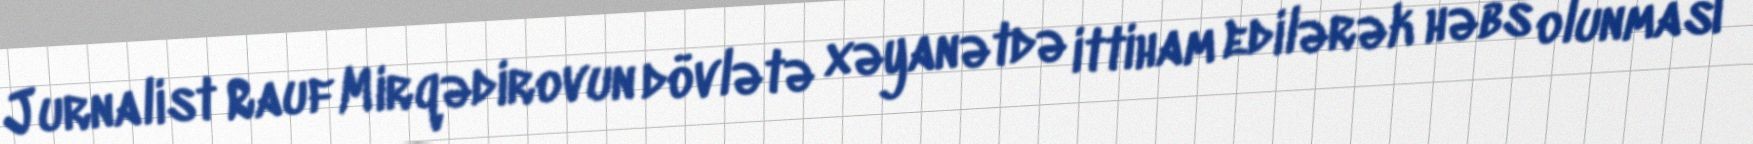
Jurnalist Rauf Mirqədirovun dövlətə xəyanətdə ittiham edilərək həbs olunması